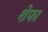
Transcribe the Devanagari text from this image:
शेफा